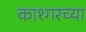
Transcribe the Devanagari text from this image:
काश्गरच्या